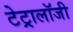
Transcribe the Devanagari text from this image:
टेट्रालॉजी